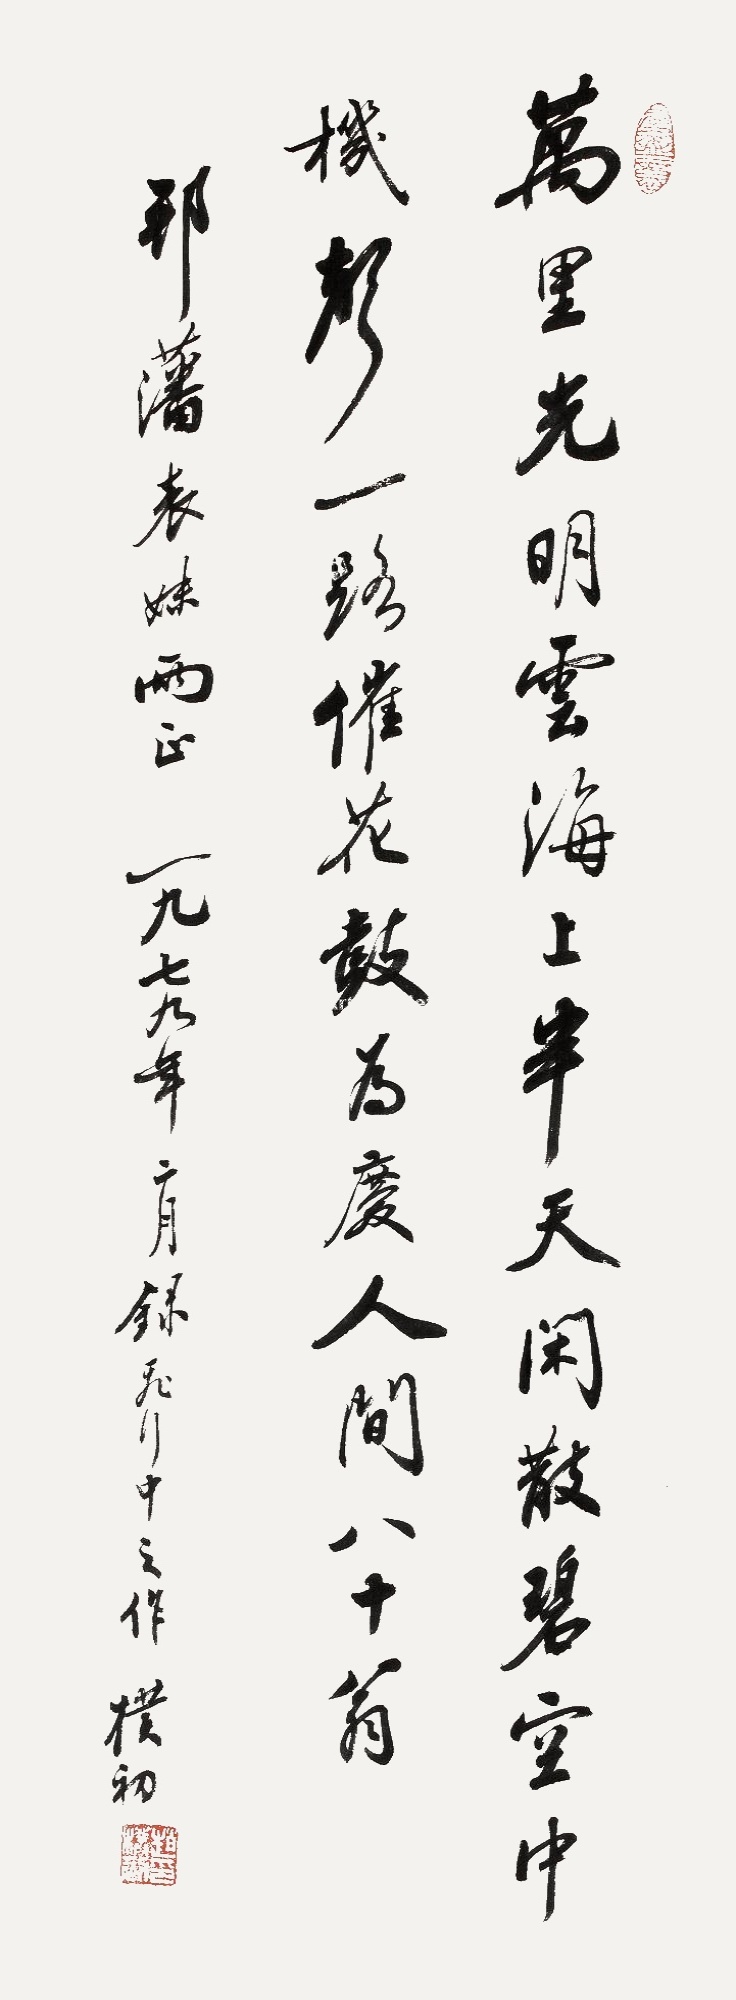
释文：万里光明云海上，半天闲散碧空中，机声一路催花鼓，为庆人间八十翁。邦藩表妹两正，一九七九年三月，录飞行中之作，朴初。